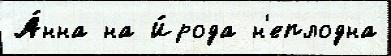
А́нна на И́рода н'еплодна